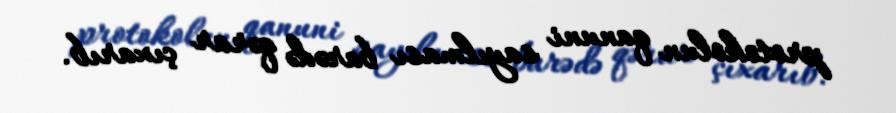
protokolun qanuni sayılması barədə qərar çıxarıb.